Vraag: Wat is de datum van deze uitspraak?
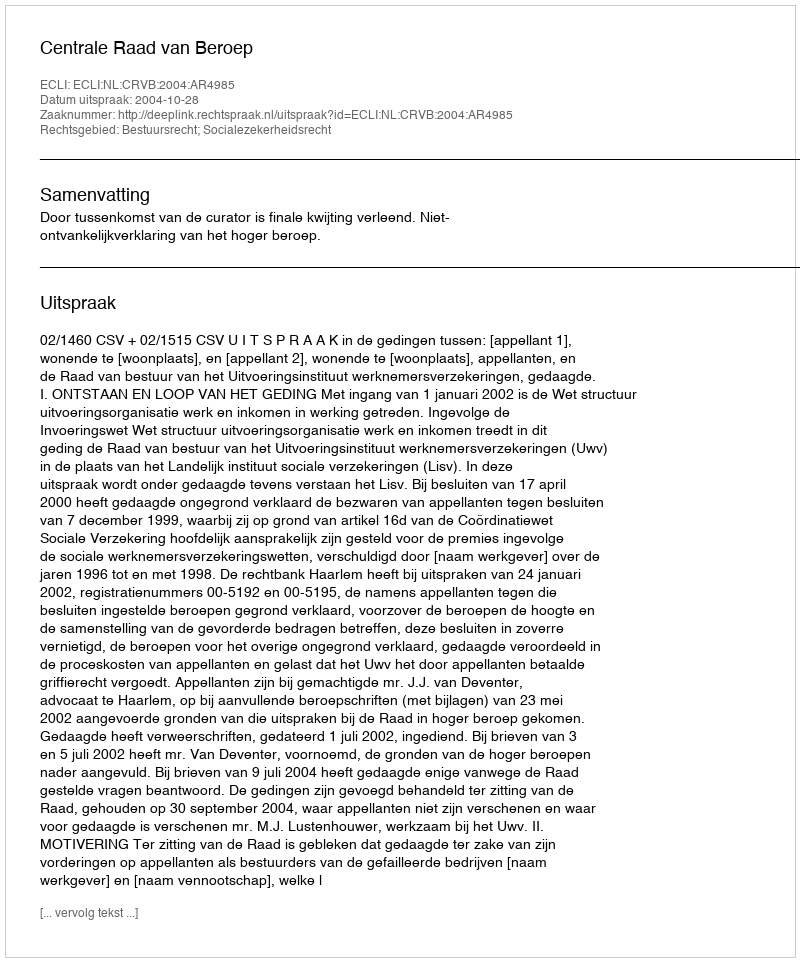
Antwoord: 2004-10-28